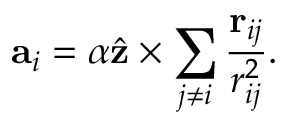
{ \bf a } _ { i } = \alpha \hat { \bf z } \times \sum _ { j \neq i } \frac { { \bf r } _ { i j } } { r _ { i j } ^ { 2 } } .